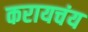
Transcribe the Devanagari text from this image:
करायचंय